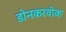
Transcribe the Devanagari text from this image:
डोनकरवोक